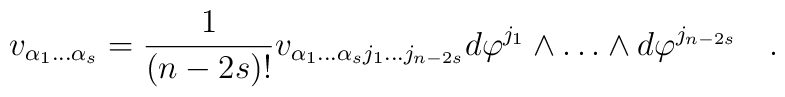
v_{\alpha_1\dots \alpha_s}= {1\over (n-2s)!}v_{\alpha_1\dots \alpha_s j_1\dots j_{n-2s}}d\varphi^{j_1}\wedge\dots\wedge d\varphi^{j_{n-2s}}\quad.